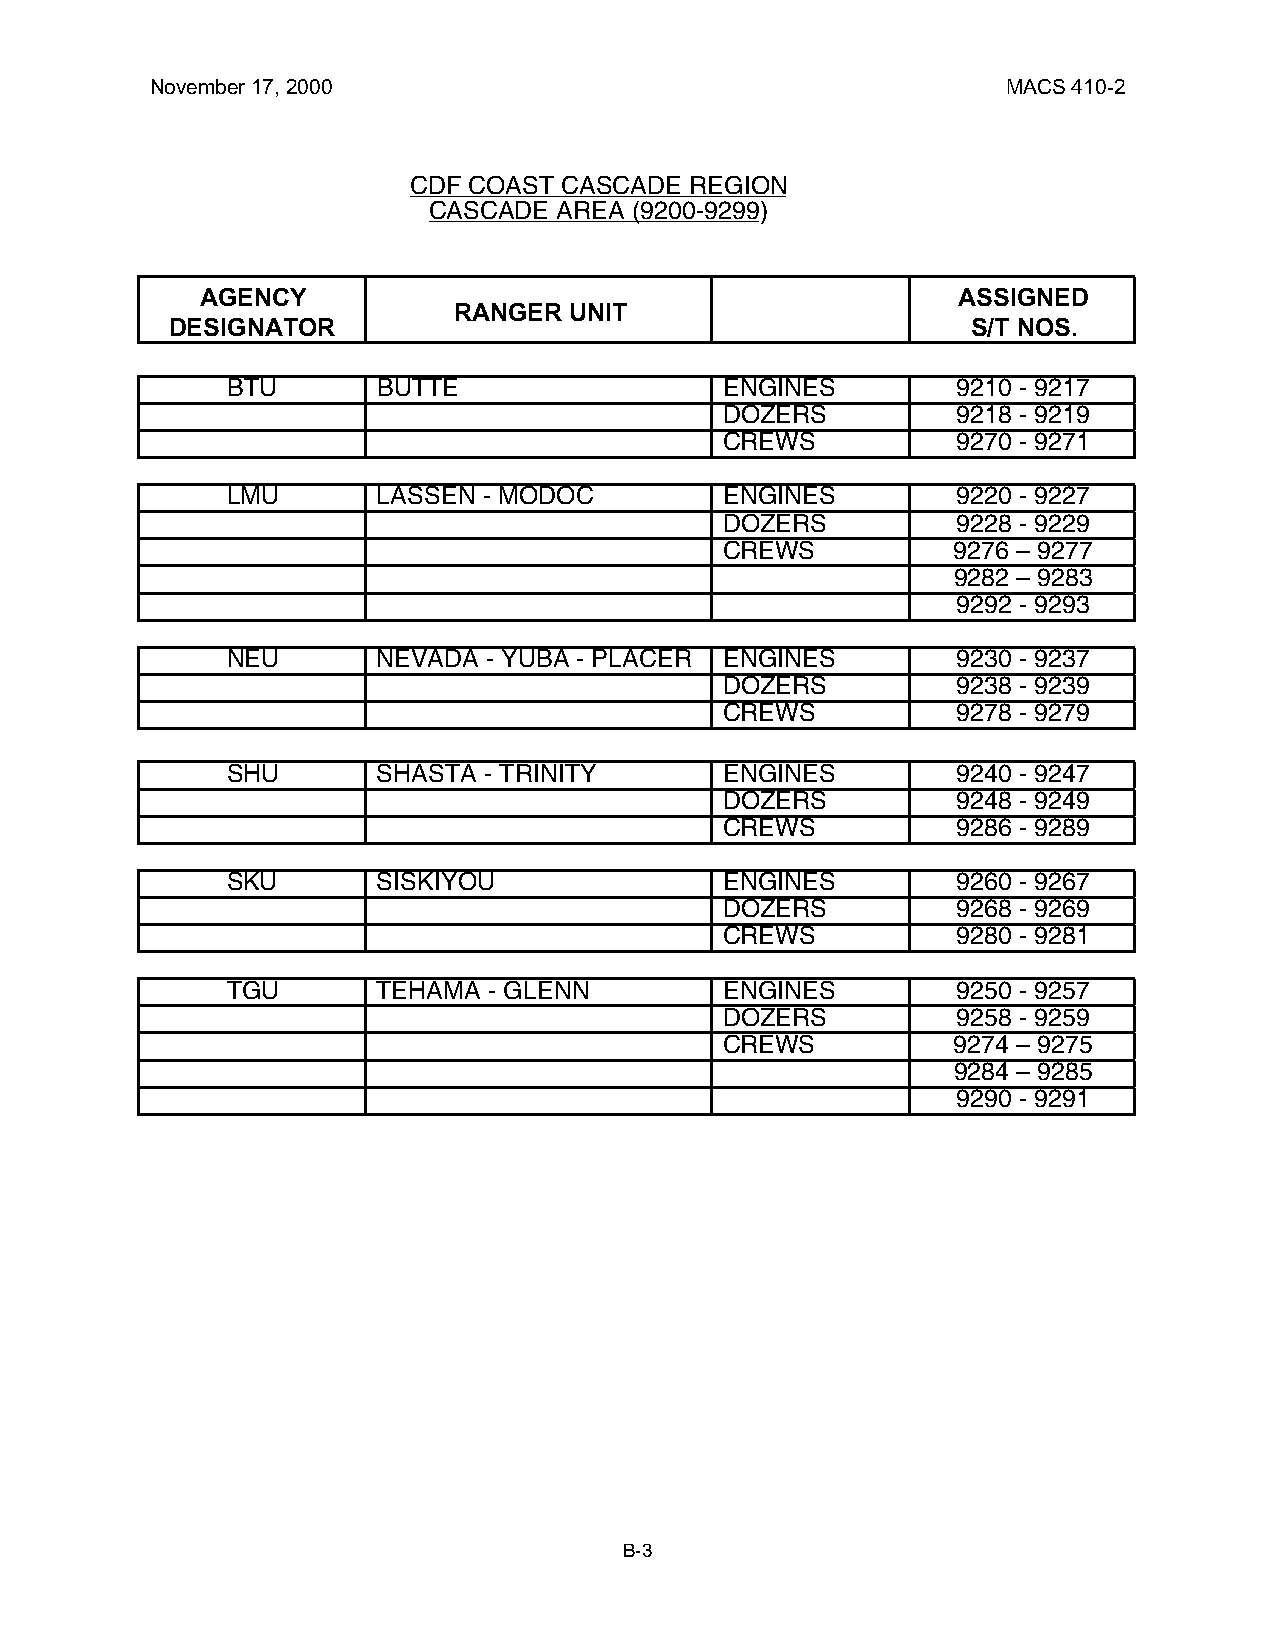
November 17, 2000                                        MACS 410-2
 CDF COAST CASCADE  REGION
 CASCADE  AREA (9200-9299)
 AGENCY                                            ASSIGNED
 RANGER  UNIT
 DESIGNATOR                                           S/T NOS.
 BTU       BUTTE                  ENGINES        9210 - 9217
 DOZERS         9218 - 9219
 CREWS          9270 - 9271
 LMU       LASSEN - MODOC         ENGINES        9220 - 9227
 DOZERS         9228 - 9229
 CREWS          9276 – 9277
 9282 – 9283
 9292 - 9293
 NEU       NEVADA - YUBA - PLACER ENGINES        9230 - 9237
 DOZERS         9238 - 9239
 CREWS          9278 - 9279
 SHU       SHASTA - TRINITY       ENGINES        9240 - 9247
 DOZERS         9248 - 9249
 CREWS          9286 - 9289
 SKU       SISKIYOU               ENGINES        9260 - 9267
 DOZERS         9268 - 9269
 CREWS          9280 - 9281
 TGU       TEHAMA - GLENN         ENGINES        9250 - 9257
 DOZERS         9258 - 9259
 CREWS          9274 – 9275
 9284 – 9285
 9290 - 9291
 B-3